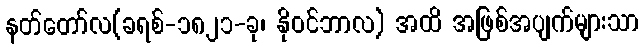
နတ်တော်လ(ခရစ်-၁၈၂၁-ခု၊ နိုဝင်ဘာလ) အထိ အဖြစ်အပျက်များသာ